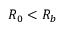
R _ { 0 } < R _ { b }